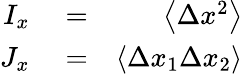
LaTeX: \begin{array}{rlr}{I_{x}}&{{}=}&{\left\langle\Delta x^{2}\right\rangle}\\ {J_{x}}&{{}=}&{\left\langle\Delta x_{1}\Delta x_{2}\right\rangle}\end{array}